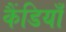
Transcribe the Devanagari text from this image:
कैंडियाँ